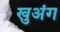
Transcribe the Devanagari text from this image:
खुअंग